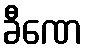
ခီဏေ